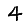
Digit: 4